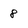
Character: 8